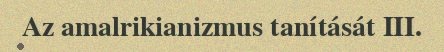
Az amalrikianizmus tanítását III.